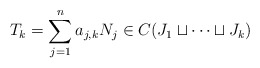
\begin{align*}T_k = \sum_{j=1}^n a_{j,k} N_j \in C(J_1 \sqcup \dotsb \sqcup J_k)\end{align*}